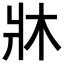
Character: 牀